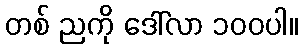
တစ် ညကို ဒေါ်လာ ၁၀၀ပါ။